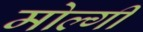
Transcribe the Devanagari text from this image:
मोल्गी